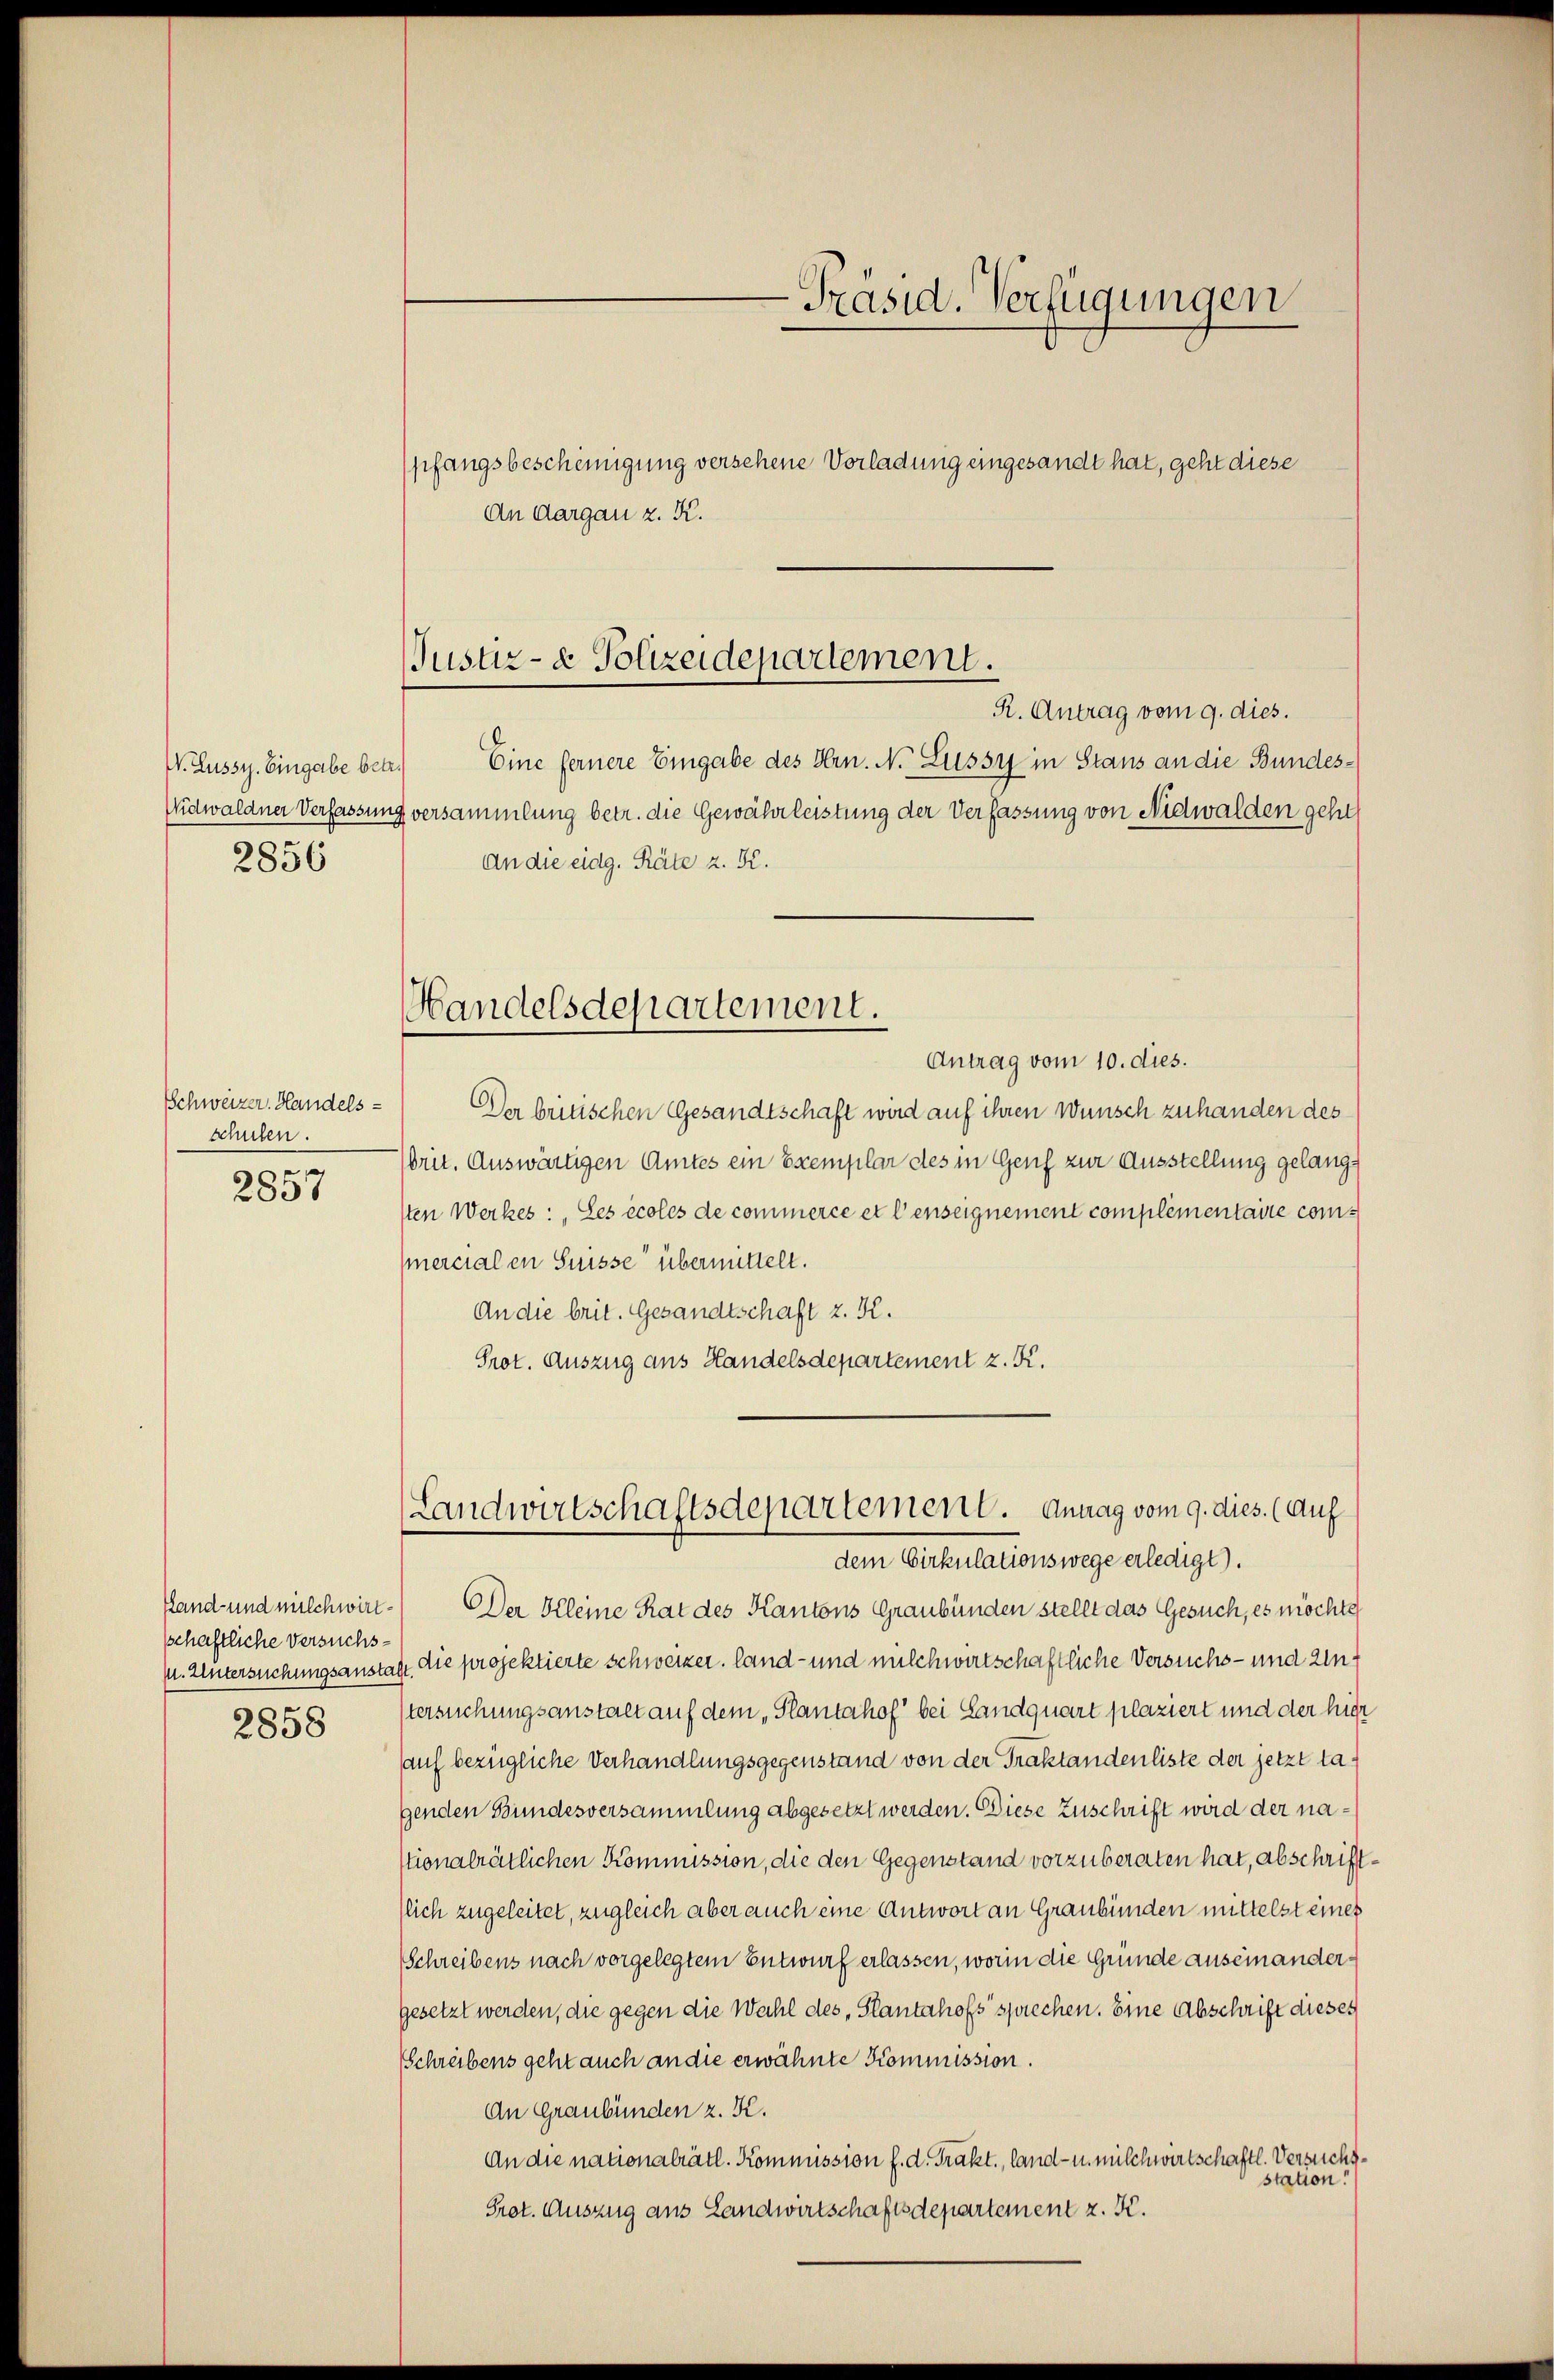
2856

Schweizer. Handels-
schulen.

2857

schaftliche Versuchs¬
2858

W. Lussy. Eingabe betr.) Eine fernere Eingabe des Hrn. N. Lüssig in Stans an die Bundes¬
Widwaldner Verfassung versammlung betr. die Gewährleistung der Verfassung von Nidwalden gehe
An die eidg. Räte z. K.
Antrag vom 10. dies.
Der britischen Gesandtschaft wird auf ihren Wunsch zuhanden des
brit. Auswärtigen Amtes ein Exemplar des in Genf zur Ausstellung gelangsten Werkes: Les écoles de commerce et lenseignement complementaire commercialen Suisse übermittelt.
An die brit. Gesandtschaft z. K.
Prot. Auszug aus Handelsdepartement z. K.

An Aargau z. K.

-Präsid. Verfügungen
pfangsbescheinigung versehene Vorladung eingesandt hat, geht diese

Justiz- & Polizeidepartement.
R. Antrag vom 9. dies.

Handelsdepartement.

Hand- und milchwirt. Der Kleine Rat des Kantons Graubünden stellt das Gesuch, es möchte
f. Untersuchungsanstalt. Die projektierte Schweizer. Land- und milchwirtschaftliche Versuchs- und Untersuchungsanstalt auf dem „Plantahof“ bei Landquart plaziert und der hier
auf bezügliche Verhandlungsgegenstand von der Traktandenliste der jetzt tagenden Bundesversammlung abgesetzt werden. Diese Zuschrift wird der nastionalrätlichen Kommission, die den Gegenstand vorzuberaten hat, abschriftflich zugeleitet, zugleich aber auch eine Antwort an Graubünden mittelst eines
Schreibens nach vorgelegtem Entwurf erlassen, worin die Gründe auseinandergesetzt werden, die gegen die Wahl des Planterhofs sprechen. Eine Abschrift dieses
Schreibens geht auch an die erwähnte Kommission.
An Graubünden z. K.
An die nationalrätl. Kommission f. d. Trakt., land- u. milchwirtschaftl. Versuchsstation!
Prot. Auszug aus Landwirtschaftsdepartement z. K.

Landwirtschaftsdepartement. Antrag vom 9. dies. (Auf
dem Cirkulationswege erledigt).